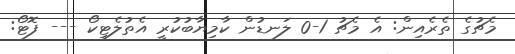
މެޗުގެ ތެރެއިން: އެ މެޗު 1-0 ލަނޑުން ކާމިޔާބުކުރީ އެތުލެޓިކޯ --- ފޮޓޯ: